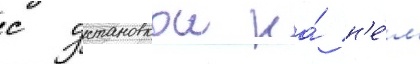
с установкои на́ н'е́м